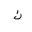
Letter: _kaf